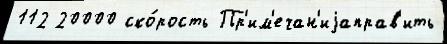
112 20000 ско́рость Пр'им'ечан'иjаправ'ить